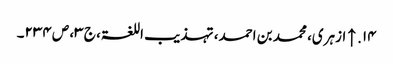
۱۴. ↑ ازہری، محمد بن احمد، تہذیب اللغۃ، ج ۳، ص ۲۳۴۔